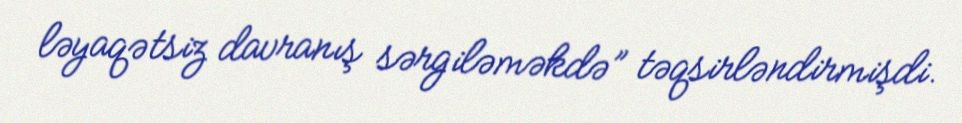
ləyaqətsiz davranış sərgiləməkdə” təqsirləndirmişdi.